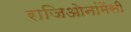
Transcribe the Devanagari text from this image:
राजिओनांमेंसी